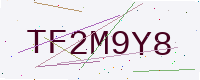
Text: TF2M9Y8